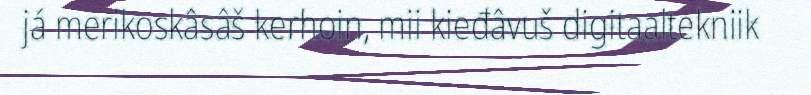
já merikoskâsâš kerhoin, mii kieđâvuš digitaaltekniik